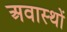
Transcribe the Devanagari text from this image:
अवास्थों